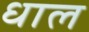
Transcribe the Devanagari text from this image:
धाल